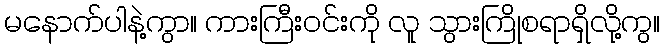
မနောက်ပါနဲ့ကွာ။ ကားကြီးဝင်းကို လူ သွားကြိုစရာရှိလို့ကွ။